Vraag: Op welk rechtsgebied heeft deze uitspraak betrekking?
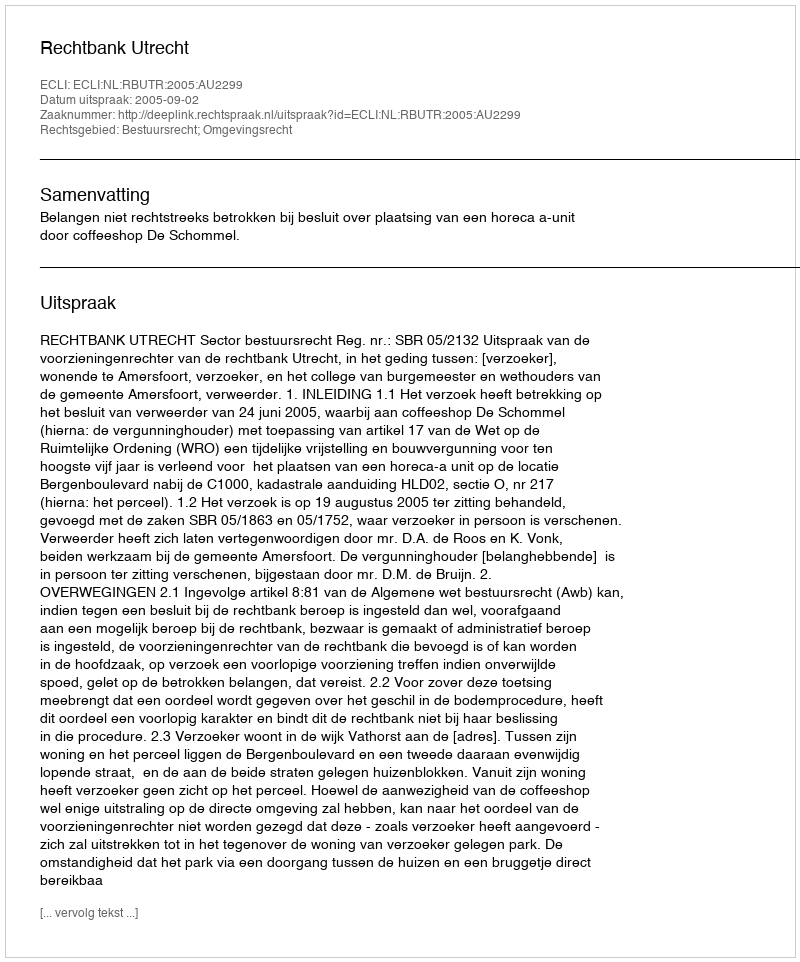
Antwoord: Bestuursrecht; Omgevingsrecht